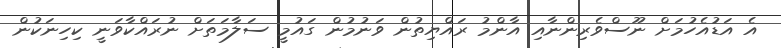
އެ އަޑުއެހުމަށް ނޫސްވެރިންނާއި އާންމު ރައްޔިތުން ވަނުމުން ގައުމީ ސަލާމަތަށް ނުރައްކާވަނީ ކިހިނަކުން